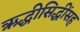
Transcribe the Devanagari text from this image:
ऋद्धीसिद्धींसह